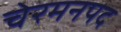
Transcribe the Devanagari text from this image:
चेरमनपद